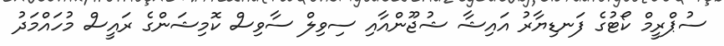
ސުޕްރީމް ކޯޓުގެ ފަނޑިޔާރު އައިޝާ ޝުޖޫންއާއި ސިވިލް ސާވިސް ކޮމިޝަންގެ ރައީސް މުހައްމަދު